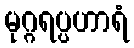
မုဂ္ဂရပ္ပဟာရံ